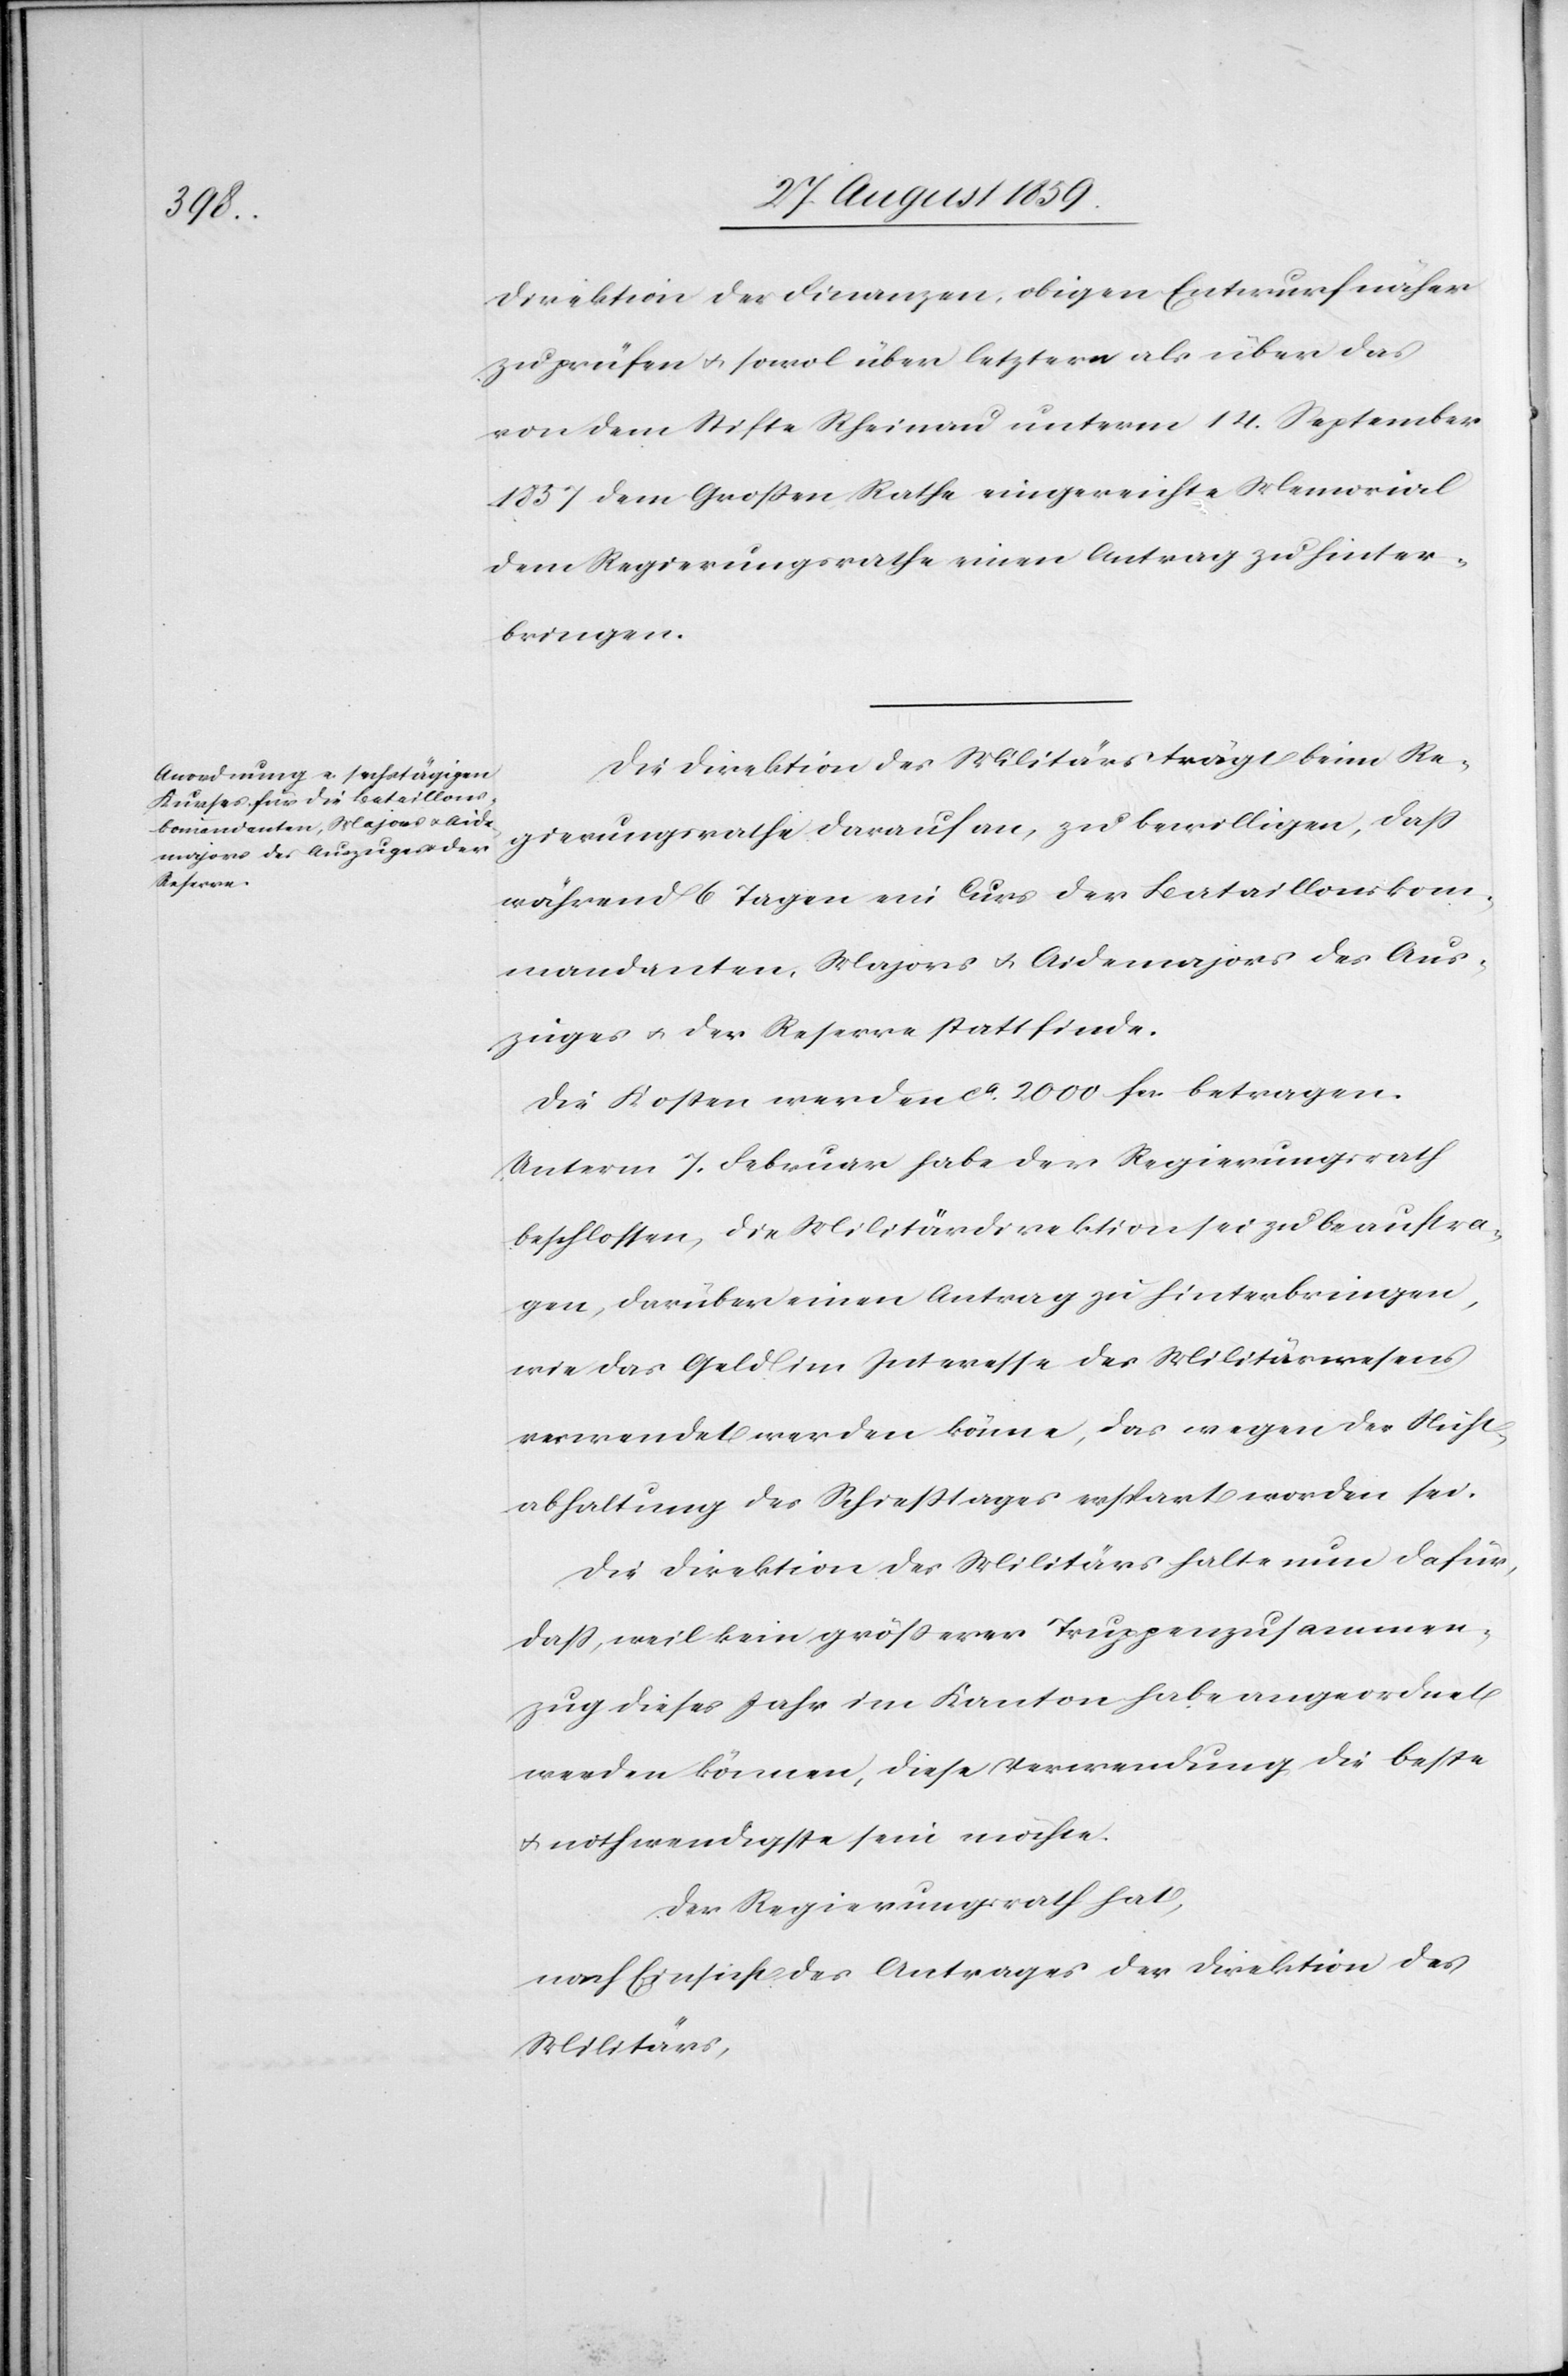
Direktion der Finanzen, obigen Entwurf näher
zu prüfen & sowol über letztern als über das
von dem Stifte Rheinau unterm 14. September
1857 dem Großen Rathe eingereichte Memorial
dem Regierungsrathe einen Antrag zu hinter¬
bringen.
Die Direktion des Militärs trägt beim Re¬
gierungsrathe darauf an, zu bewilligen, daß
während 6 Tagen ein Curs der Bataillonskom¬
mandanten, Majors & Aidemajors des Aus¬
zuges & der Reserve stattfinde.
Die Kosten werden ca. 2000 fcs betragen.
Unterm 7. Februar habe der Regierungsrath
beschlossen, die Militärdirektion sei zu beauftra¬
gen, darüber einen Antrag zu hinterbringen,
wie das Geld im Interesse des Militärwesens
verwendet werden könne, das wegen der Nicht¬
abhaltung des Schießtages erspart worden sei.
Die Direktion des Militärs halte nun dafür,
daß, weil kein größerer Truppenzusammen¬
zug dieses Jahr im Kanton habe angeordnet
werden können, diese Verwendung die beste
& nothwendigste sein möchte.
Der Regierungsrath hat,
nach Einsicht des Antrages der Direktion des
Militärs,